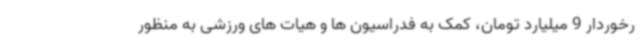
رخوردار 9 میلیارد تومان، کمک به فدراسیون ها و هیات های ورزشی به منظور